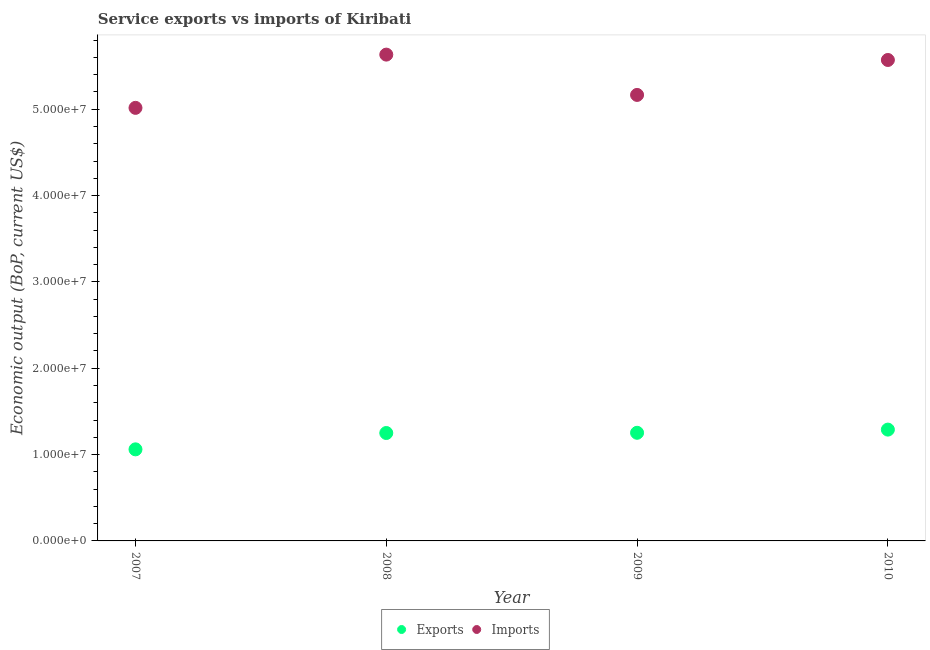
| Year | Exports | Imports |
 | --- | --- | --- |
 | 2007 | 1.06e+07 | 5.02e+07 |
 | 2008 | 1.25e+07 | 5.63e+07 |
 | 2009 | 1.25e+07 | 5.17e+07 |
 | 2010 | 1.29e+07 | 5.57e+07 |